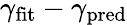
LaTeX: \gamma_{\textrm{fit}}-\gamma_{\textrm{pred}}